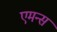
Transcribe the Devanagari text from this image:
एमन्स